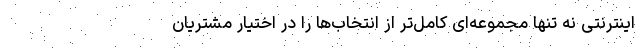
اینترنتی نه تنها مجموعه‌ای کامل‌تر از انتخاب‌ها را در اختیار مشتریان